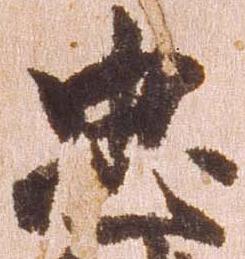
忠